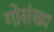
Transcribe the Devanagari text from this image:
गोसंख्य